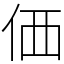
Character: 価